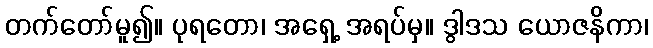
တက်တော်မူ၍။ ပုရတော၊ အရှေ့ အရပ်မှ။ ဒွါဒသ ယောဇနိကာ၊